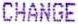
CHANGE